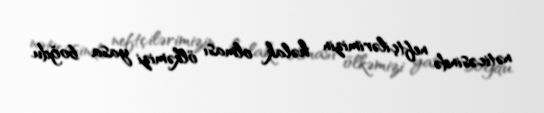
nəticəsində neftçilərimizin həlak olması ölkəmizi yasa boğdu.